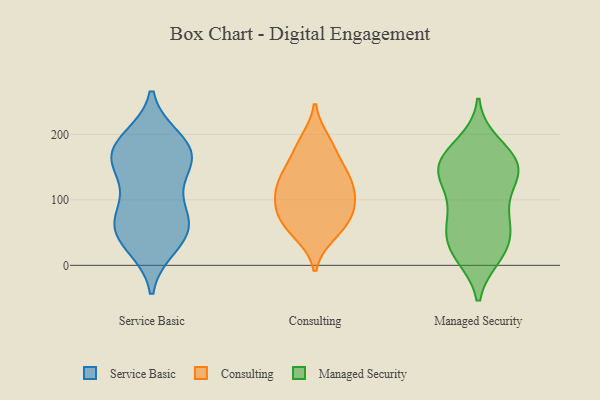
{"axis": {"x": "Backlog", "y": "Value"}, "legend": ["Consulting", "Managed Security", "Service Basic"], "data": [{"x": "", "y": 30, "type": "Service Basic"}, {"x": "", "y": 146, "type": "Service Basic"}, {"x": "", "y": 165, "type": "Service Basic"}, {"x": "", "y": 73, "type": "Service Basic"}, {"x": "", "y": 192, "type": "Service Basic"}, {"x": "", "y": 61, "type": "Service Basic"}, {"x": "", "y": 170, "type": "Service Basic"}, {"x": "", "y": 124, "type": "Service Basic"}, {"x": "", "y": 51, "type": "Service Basic"}, {"x": "", "y": 36, "type": "Service Basic"}, {"x": "", "y": 165, "type": "Service Basic"}, {"x": "", "y": 174, "type": "Service Basic"}, {"x": "", "y": 83, "type": "Service Basic"}, {"x": "", "y": 188, "type": "Service Basic"}, {"x": "", "y": 64, "type": "Service Basic"}, {"x": "", "y": 190, "type": "Consulting"}, {"x": "", "y": 136, "type": "Consulting"}, {"x": "", "y": 105, "type": "Consulting"}, {"x": "", "y": 75, "type": "Consulting"}, {"x": "", "y": 97, "type": "Consulting"}, {"x": "", "y": 48, "type": "Consulting"}, {"x": "", "y": 174, "type": "Consulting"}, {"x": "", "y": 132, "type": "Consulting"}, {"x": "", "y": 85, "type": "Consulting"}, {"x": "", "y": 133, "type": "Consulting"}, {"x": "", "y": 58, "type": "Consulting"}, {"x": "", "y": 70, "type": "Managed Security"}, {"x": "", "y": 163, "type": "Managed Security"}, {"x": "", "y": 120, "type": "Managed Security"}, {"x": "", "y": 136, "type": "Managed Security"}, {"x": "", "y": 59, "type": "Managed Security"}, {"x": "", "y": 186, "type": "Managed Security"}, {"x": "", "y": 17, "type": "Managed Security"}, {"x": "", "y": 139, "type": "Managed Security"}, {"x": "", "y": 18, "type": "Managed Security"}, {"x": "", "y": 72, "type": "Managed Security"}, {"x": "", "y": 172, "type": "Managed Security"}, {"x": "", "y": 43, "type": "Managed Security"}, {"x": "", "y": 132, "type": "Managed Security"}, {"x": "", "y": 85, "type": "Managed Security"}, {"x": "", "y": 35, "type": "Managed Security"}, {"x": "", "y": 151, "type": "Managed Security"}, {"x": "", "y": 15, "type": "Managed Security"}, {"x": "", "y": 159, "type": "Managed Security"}, {"x": "", "y": 150, "type": "Managed Security"}]}